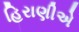
હિરાણીએ